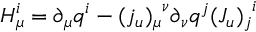
H _ { \mu } ^ { i } = \partial _ { \mu } q ^ { i } - { ( j _ { u } ) _ { \mu } } ^ { \nu } \partial _ { \nu } q ^ { j } { ( J _ { u } ) _ { j } } ^ { i }